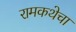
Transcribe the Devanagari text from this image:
रामकथेचा